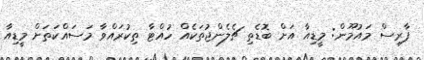
ފާރިސް މައުމޫން: މީޑިއާ އަށް ބޮޑެތި ޗެލެންޖުތަކެއް ހުއްޓާ ތިކުރައްވާ މަސައްކަތަށް މީޑިއާ